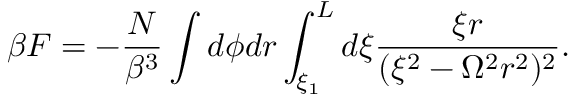
\beta F = - \frac { N } { \beta ^ { 3 } } \int d \phi d r \int _ { \xi _ { 1 } } ^ { L } d \xi \frac { \xi r } { ( \xi ^ { 2 } - \Omega ^ { 2 } r ^ { 2 } ) ^ { 2 } } .